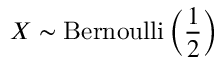
X \sim \mathrm { B e r n o u l l i } \left( { \frac { 1 } { 2 } } \right)